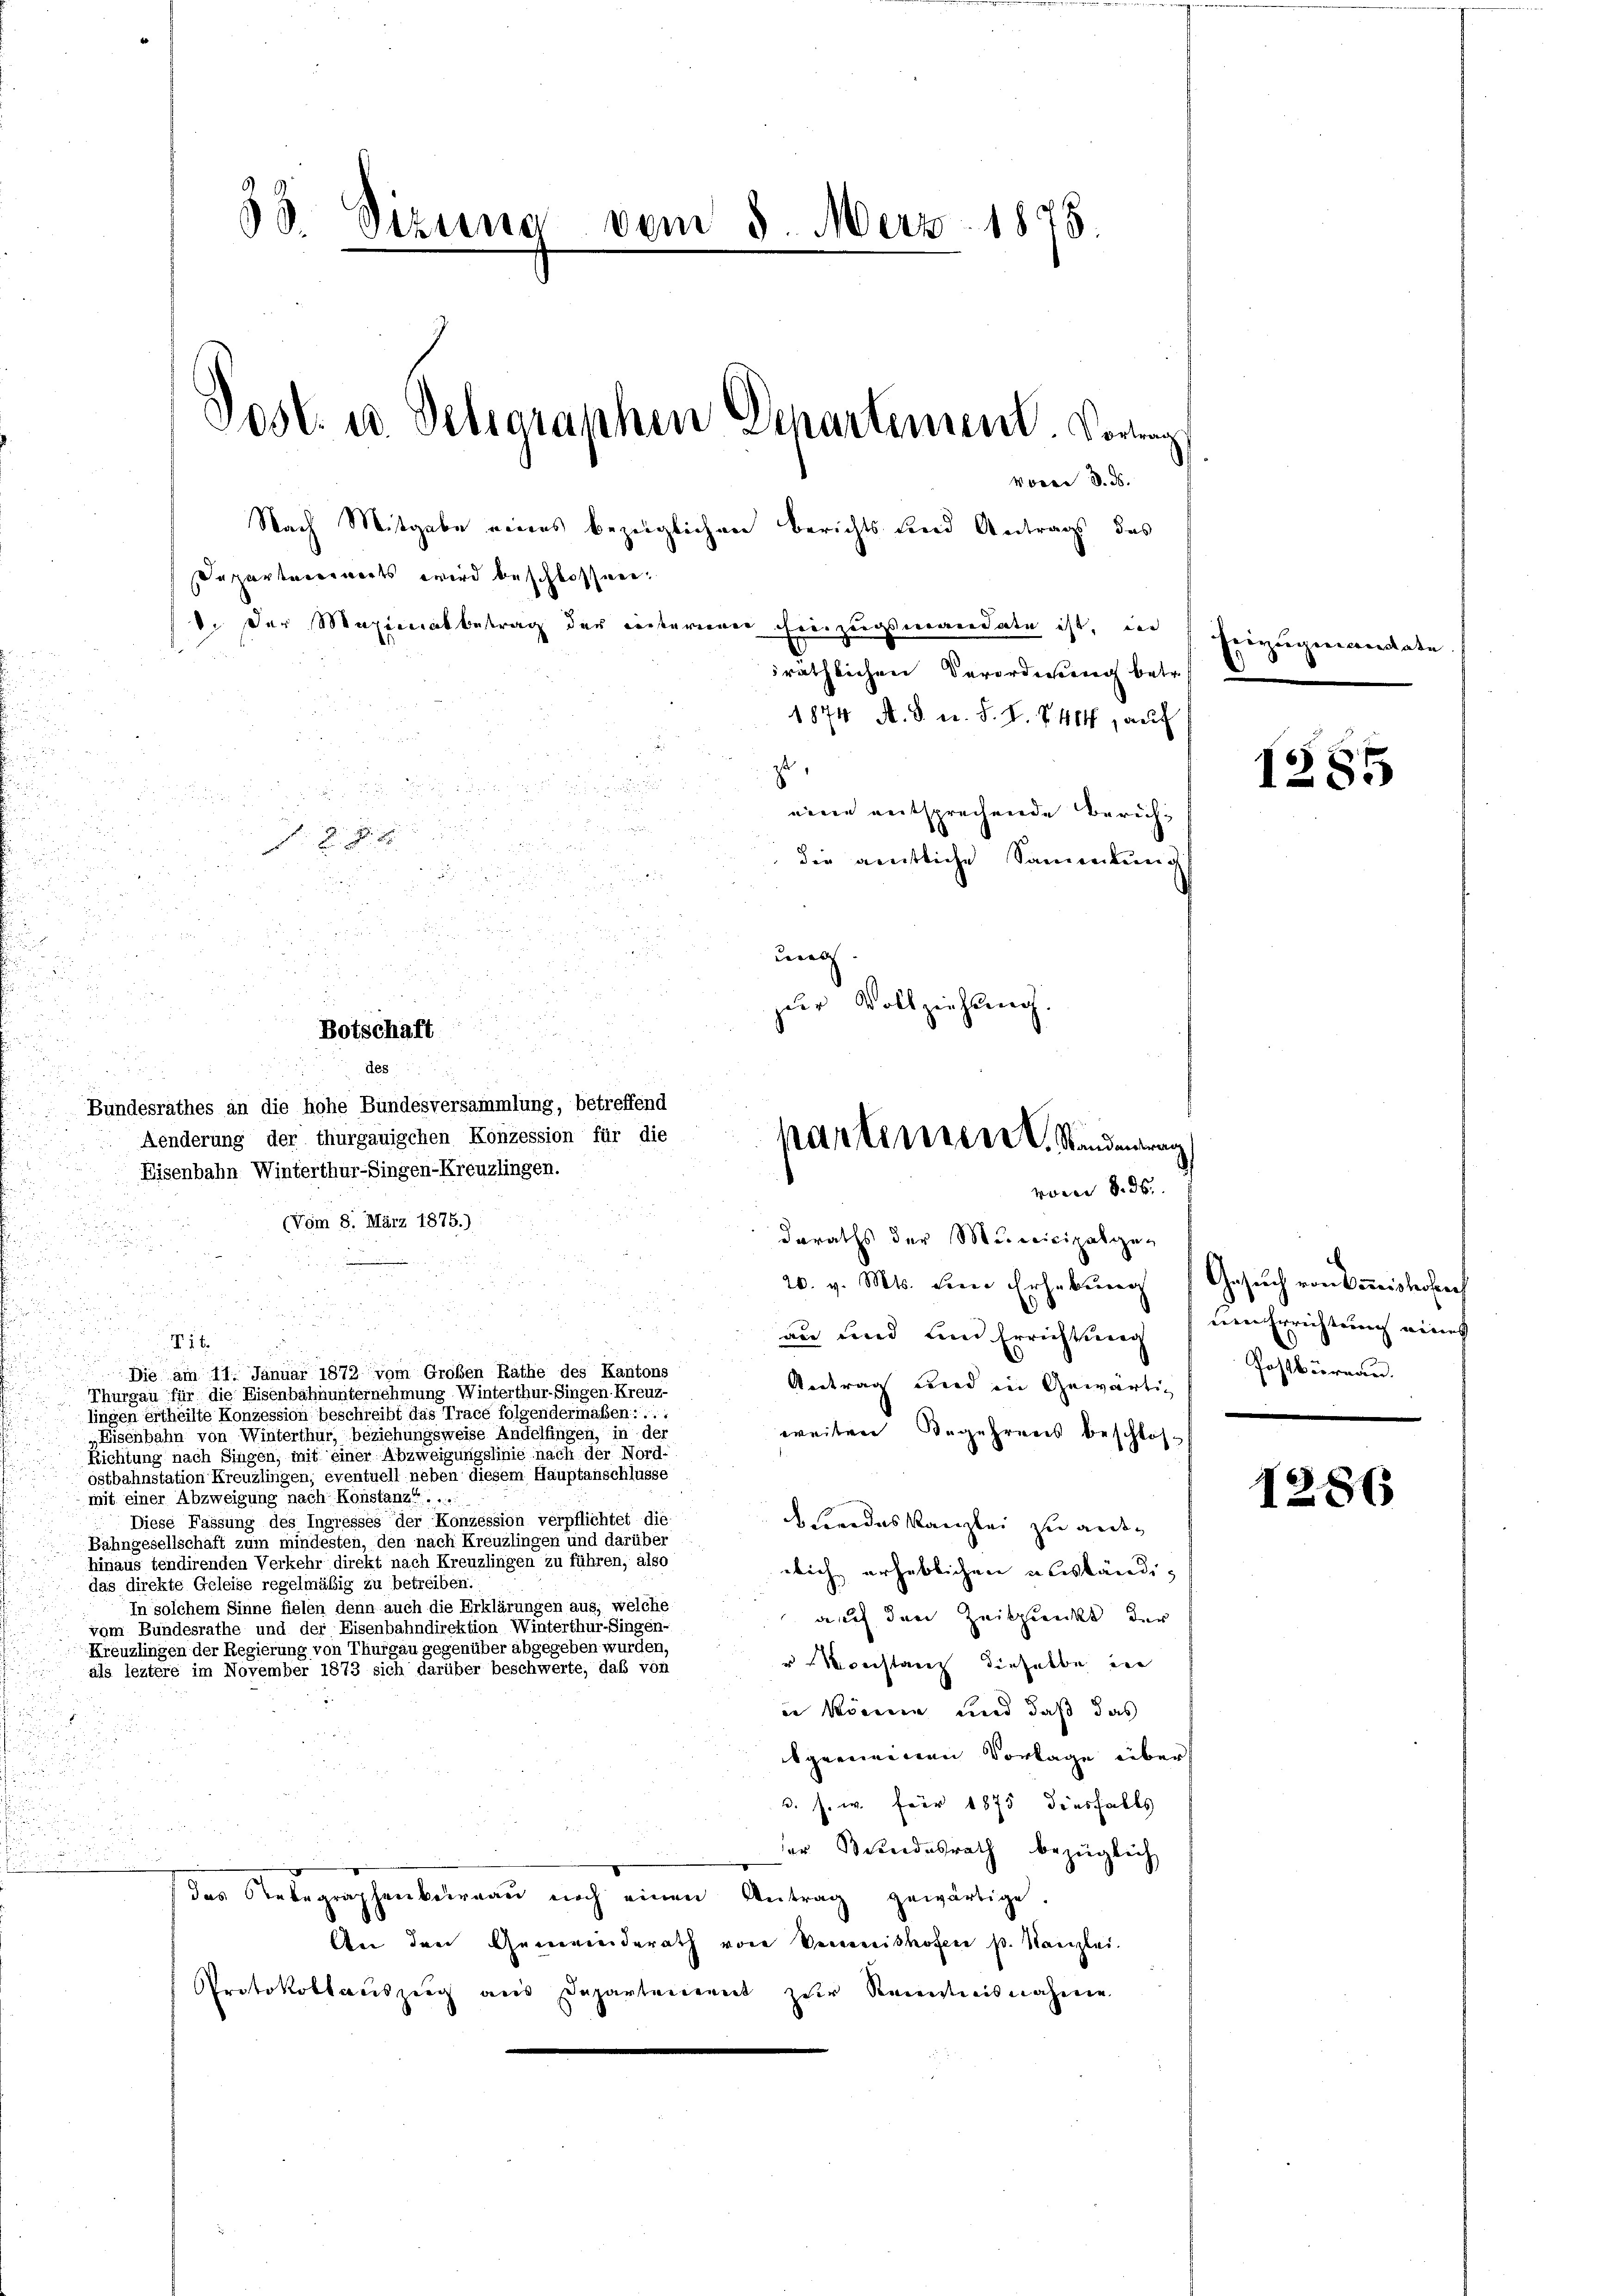
90. Dezung vom 8. März 1875.
e
Post. u. Delegraphen Departement. Vorrag
voren d. d.
Nach Mitgabe eines bezüglichen Berichts sind Antrags, das
Separtarerwerts wird beschlossnen:
. der Maximalbetrag der Renterierer hierzugsmandate ist, ein
sräthlichen Verordnung betr.

d
an
n

Bundesrathes an die hohe Bundesversammlung, betreffend
Aenderung der thurgauischen Konzession für die
Eisenbahn Winterthur–Singen-Kreuzlingen.
(Vom 8. März 1875.)
daraths der Municipalge-
.
20. v. Mts. dem Erhebung (Gesuch von Bishofer
n
u
nu und eine Errichtung
V16.
.
Die am 11. Januar 1872 vom Großen Rathe des Kantons
Antrag wird in Gewärtig
Thurgau für die Eisenbahnunternehmung Winterthur–Singen Kreuz-
lingen ertheilte Konzession beschreibt das Trace folgendermaßen ....
weiten Begehrens beschloss
Eisenbahn von Winterthur, beziehungsweise Andelfingen, in der
Richtung nach Singen, mit einer Abzweigungslinie nach der Nord-
ostbahnstation Kreuzlingen, eventuell neben diesem Hauptanschlüsse
mit einer Abzweigung nach Konstanz. ..
Diese Fassung des Ingresses der Konzession verpflichtet die
Fredes Kanzlei zu ande¬
Bahngesellschaft zum mindesten, den nach Kreuzlingen und darüber
hinaus tendirenden Verkehr direkt nach Kreuzlingen zu führen, also
rlich erheblichen ausländidas direkte Geleise regelmäßig zu betreiben.
In solchem Sinne fielen denn auch die Erklärungen aus, welche
auch den Zeitpunkt, der
vom Bundesrathe und der Eisenbahndirektion Winterthur-Singen-
Kreuzlingen der Regierung von Thurgau gegenüber abgegeben wurden,
ronstanz dieselbe in
als leztere im November 1873 sich darüber beschwerte, daß von
in könne, und daß das
.
tgemeinen Vorlage über
.
d. s. w. Für 1875 diesfalls
d
.
der Bundesrath bezüglich
e
das Nebegraphenbureau noch einen Antrag gewärtige.
An den Genermeiderath von Verweishofen p. Kanzlei.
Protokollauszeug aus Departement zur Kenntnisnahme

Botschaft

des

1874 A. S. u. S. S. 744, auf
zt
einen entsprechende Bericht
die amtliche Sammlung
e
der Vollziehung.
parteniren. Standentrag

voren 8. ds.

Kriegenstate
d

1285

nen Errichtung eine
Postbüreau.

1286